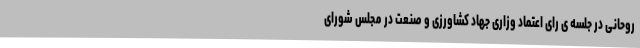
روحانی در جلسه ی رای اعتماد وزاری جهاد کشاورزی و صنعت در مجلس شورای